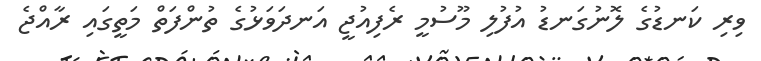
ވިރި ކަނޑުގެ ލޮނުގަނޑު އުފުލި މޫސުމީ ރެފިއުޖީ އަނދަވަޅުގެ ތުންފަތް މަތީގައި ރާއްޖެ